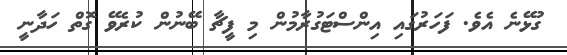
ގުޅޭނެ އެވެ. ފަހަރުގައި އިންސްޓަގުރާމުން މި ފީޗާ ބޭނުން ކުރެވޭ ގޮތް ހަދާނީ